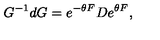
G ^ { - 1 } d G = e ^ { - \theta F } D e ^ { \theta F } ,